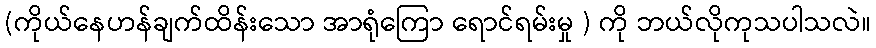
(ကိုယ်နေဟန်ချက်ထိန်းသော အာရုံကြော ရောင်ရမ်းမှု ) ကို ဘယ်လိုကုသပါသလဲ။